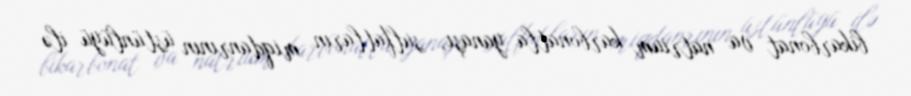
bikarbonat va natrium karbonatla yanaşı, sulfatların miqdanrının üstünlüyü ilə